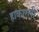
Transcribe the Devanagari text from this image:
हाकारली